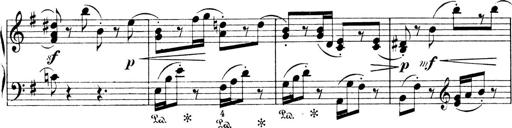
Title: 4 Sonatines
Composer: Max Reger